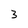
Character: 3